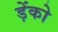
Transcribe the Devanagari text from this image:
ड़ेंको